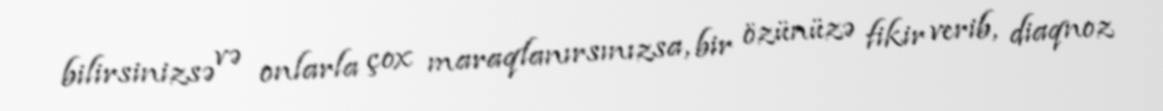
bilirsinizsə və onlarla çox maraqlanırsınızsa, bir özünüzə fikir verib, diaqnoz